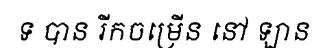
ទ បាន រីកចម្រើន នៅ ឡាន